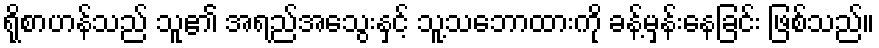
ရိုစာဟန်သည် သူ၏ အရည်အသွေးနှင့် သူ့သဘောထားကို ခန့်မှန်းနေခြင်း ဖြစ်သည်။